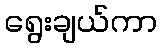
ရွေးချယ်ကာ